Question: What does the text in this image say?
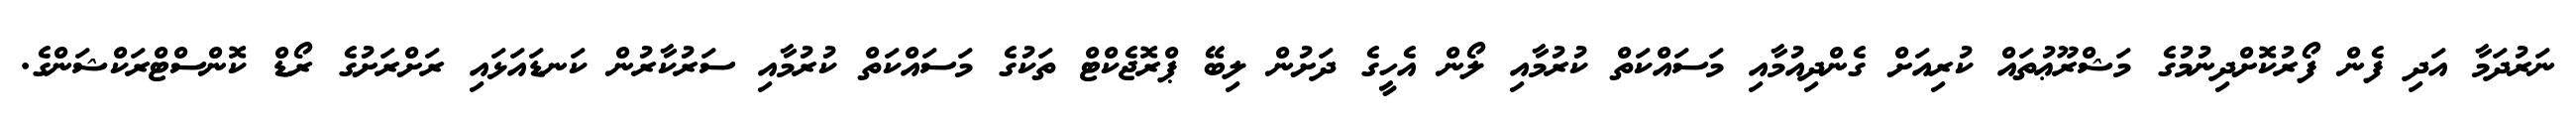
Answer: ނަރުދަމާ އަދި ފެން ފޯރުކޮށްދިނުމުގެ މަޝްރޫޢުތައް ކުރިއަށް ގެންދިއުމާއި މަސައްކަތް ކުރުމާއި ލޯން އެހީގެ ދަށުން ލިބޭ ޕްރޮޖެކްޓް ތަކުގެ މަސައްކަތް ކުރުމާއި ސަރުކާރުން ކަނޑައަޅައި ރަށްރަށުގެ ރޯޑް ކޮންސްޓްރަކްޝަންގެ.